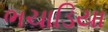
ભચાડિયા